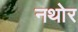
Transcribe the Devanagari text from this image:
नथोर